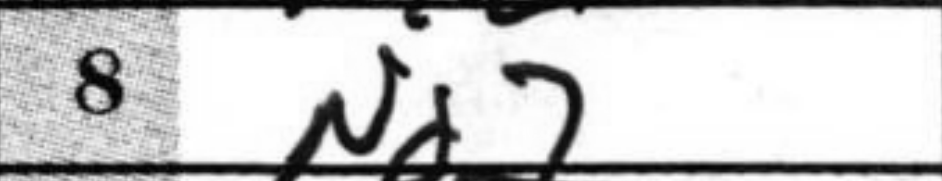
Transcription: Nd2